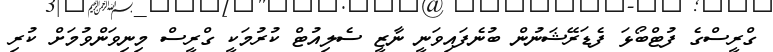
ގްރީސްގެ ފުޓްބޯޅަ ފެޑަރޭޝަނުން ބުނެފައިވަނީ ނާޒީ ސެލިއުޓް ކުރުމަކީ ގްރީސް މިނިވަންވުމަށް ކުރި